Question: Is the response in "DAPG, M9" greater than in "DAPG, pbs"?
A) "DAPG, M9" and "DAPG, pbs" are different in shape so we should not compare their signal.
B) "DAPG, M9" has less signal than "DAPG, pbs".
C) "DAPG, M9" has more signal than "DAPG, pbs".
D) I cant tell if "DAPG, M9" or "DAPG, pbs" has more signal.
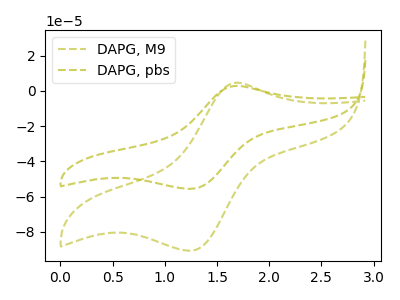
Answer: <think>The olive dashed curve "DAPG, M9" has an anodic peak at (1.70V, 4.65uA) and a cathodic peak at (1.25V, -90.80uA). The olive dashed curve "DAPG, pbs" has an anodic peak at (1.70V, 2.85uA) and a cathodic peak at (1.25V, -55.65uA).
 All the peaks in "DAPG, M9" have a peak in "DAPG, pbs" at the same potential. Every peak in "DAPG, M9" is higher than every peak in "DAPG, pbs".</think>
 <answer>C) "DAPG, M9" has more signal than "DAPG, pbs".</answer>
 <eval>C</eval>